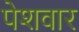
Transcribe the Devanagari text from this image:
पेशवार